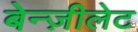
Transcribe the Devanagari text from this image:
बेन्ज़ीलेट